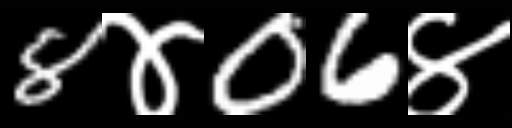
Text: 8४06४